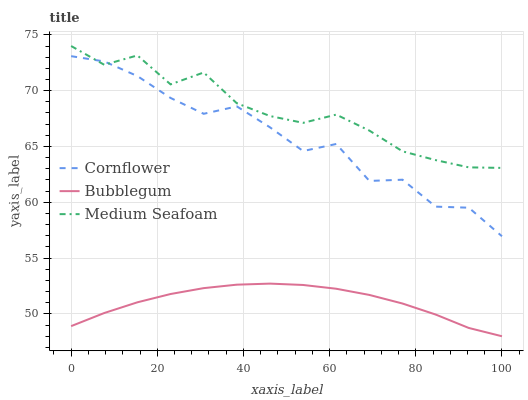
| xaxis_label | Cornflower | Bubblegum | Medium Seafoam |
 | --- | --- | --- | --- |
 | 0 | 73.1 | 48.9 | 74 |
 | 7.69 | 72.6 | 50.1 | 72.3 |
 | 15.4 | 71.3 | 51 | 73.2 |
 | 23.1 | 69.3 | 51.8 | 70.6 |
 | 30.8 | 67.9 | 52.3 | 71.6 |
 | 38.5 | 68.6 | 52.6 | 68.9 |
 | 46.2 | 66.7 | 52.7 | 67.7 |
 | 53.8 | 64.6 | 52.6 | 67.1 |
 | 61.5 | 65.2 | 52.3 | 67.9 |
 | 69.2 | 61.9 | 51.7 | 66.4 |
 | 76.9 | 62 | 50.9 | 64.6 |
 | 84.6 | 59.6 | 49.9 | 63.8 |
 | 92.3 | 59.5 | 48.7 | 63.1 |
 | 100 | 57 | 48 | 63.1 |